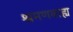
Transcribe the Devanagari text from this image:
श्रमणबाह्य